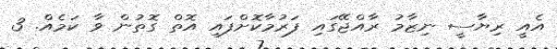
އެއީ ރިޔާސީ ނިޒާމު ރާއްޖޭގައި ފަރުމާކޮށްފައި އޮތް ގޮތުން ވާ ކަމެއް. 3